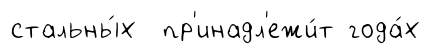
стальны́х пр'инадл'ежи́т года́х